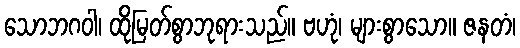
သောဘဂဝါ၊ ထိုမြတ်စွာဘုရားသည်။ ဗဟုံ၊ များစွာသော။ ဇနတံ၊